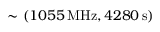
\sim ( { 1 0 5 5 } \, \mathrm { M H z } , { 4 2 8 0 } \, \mathrm { s } )